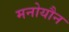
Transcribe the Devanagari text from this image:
मनोयौन